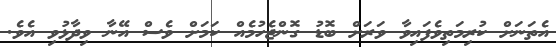
އެތަނަށް ކުރިމަތިވެފައިވާ ވަރަށް ބޮޑު ގޮންޖެހުމެއް ކަމަށް ވެސް އޭނާ ވިދާޅުވި އެވެ.